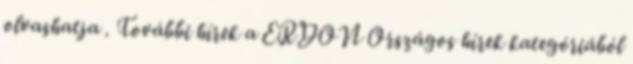
olvashatja . További hírek a ERDON Országos hírek kategóriából